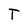
Character: T